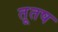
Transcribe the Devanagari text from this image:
तूतष